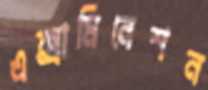
এক্সামিনেশন